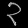
Digit: ၃